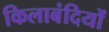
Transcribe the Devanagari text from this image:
किलाबंदियों